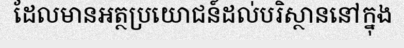
ដែលមានអត្ថប្រយោជន៍ដល់បរិស្ថាននៅក្នុង